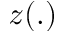
z ( . )